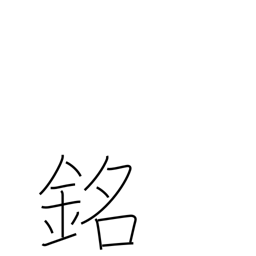
Meaning: inscription